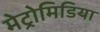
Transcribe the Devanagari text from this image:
मेट्रोमिडिया